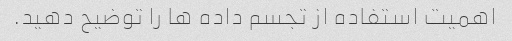
اهمیت استفاده از تجسم داده ها را توضیح دهید.